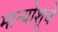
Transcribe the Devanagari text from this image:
मान्योशूचे